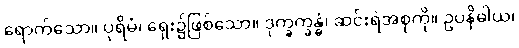
ရောက်သော။ ပုရိမံ၊ ရှေး၌ဖြစ်သော။ ဒုက္ခက္ခန္ဓံ၊ ဆင်းရဲအစုကို။ ဥပနိဓါယ၊